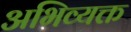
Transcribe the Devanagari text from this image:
अभिव्‍यक्त